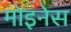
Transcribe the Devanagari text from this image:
मोइनेस